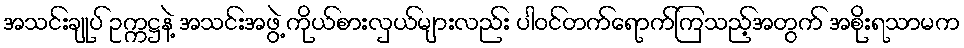
အသင်းချုပ် ဥက္ကဋ္ဌနဲ့ အသင်းအဖွဲ့ ကိုယ်စားလှယ်များလည်း ပါဝင်တက်ရောက်ကြသည့်အတွက် အစိုးရသာမက